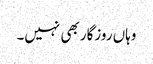
وہاں روزگار بھی نہیں۔